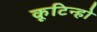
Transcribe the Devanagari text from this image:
कूटिन्हो